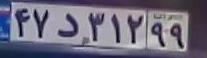
۴۷د۳۱۲۹۹